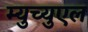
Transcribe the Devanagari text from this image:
म्युच्युएल